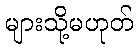
များသို့မဟုတ်